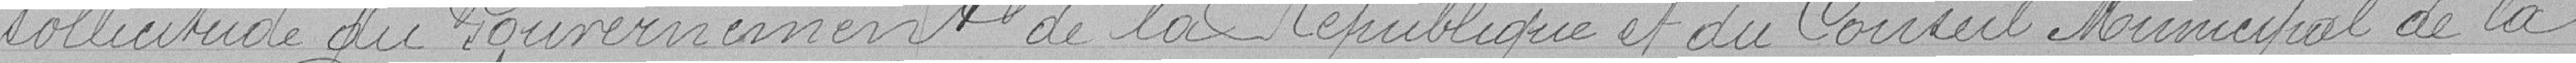
sollicitude du gouvernement de la République et au Conseil Municipal de la